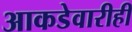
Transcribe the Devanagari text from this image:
आकडेवारीही